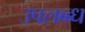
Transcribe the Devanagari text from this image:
उपलब्ब्ध